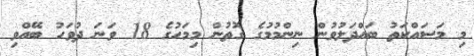
މި މަސައްކަތު ބައްދަލުވުން ނިންމުމުގެ ގޮތުން މިމަހުގެ 18 ވަނަ ދުވަހު ބޭއްވި